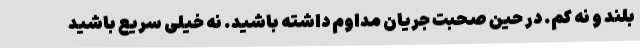
بلند و نه کم. در حین صحبت جریان مداوم داشته باشید. نه خیلی سریع باشید